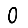
Digit: 0